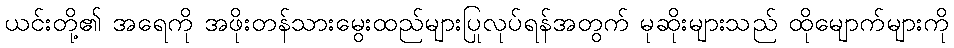
ယင်းတို့၏ အရေကို အဖိုးတန်သားမွေးထည်များပြုလုပ်ရန်အတွက် မုဆိုးများသည် ထိုမျောက်များကို